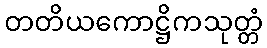
တတိယကောဋ္ဌိကသုတ္တံ